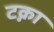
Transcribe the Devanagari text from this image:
टक्ना